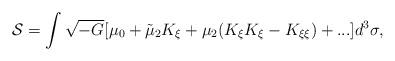
LaTeX: \begin{align*}{\cal S}=\int\sqrt{-G}[\mu_0+\tilde{\mu}_2K_\xi+\mu_2(K_\xi K_\xi-K_{\xi\xi})+...]d^3\sigma,\end{align*}